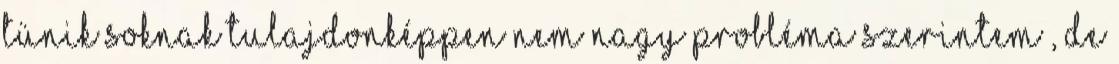
tünik soknak tulajdonképpen nem nagy probléma szerintem , de